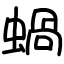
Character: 蝸